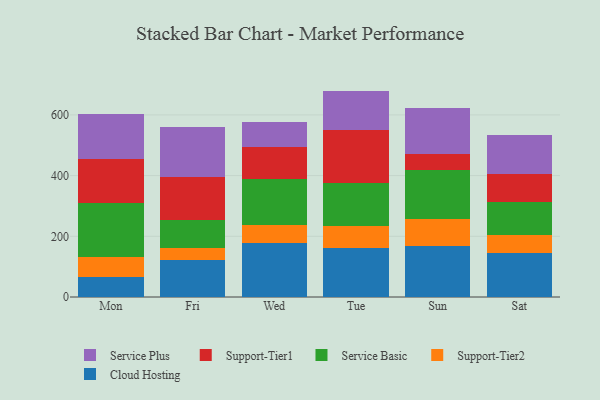
{"axis": {"x": "Day", "y": "Waste Production (Tons)"}, "legend": ["Cloud Hosting", "Service Basic", "Service Plus", "Support-Tier1", "Support-Tier2"], "data": [{"x": "Mon", "y": 67.0, "type": "Cloud Hosting"}, {"x": "Mon", "y": 65.3, "type": "Support-Tier2"}, {"x": "Mon", "y": 176.2, "type": "Service Basic"}, {"x": "Mon", "y": 147.3, "type": "Support-Tier1"}, {"x": "Mon", "y": 145.9, "type": "Service Plus"}, {"x": "Fri", "y": 121.1, "type": "Cloud Hosting"}, {"x": "Fri", "y": 39.2, "type": "Support-Tier2"}, {"x": "Fri", "y": 93.1, "type": "Service Basic"}, {"x": "Fri", "y": 140.9, "type": "Support-Tier1"}, {"x": "Fri", "y": 165.6, "type": "Service Plus"}, {"x": "Wed", "y": 178.5, "type": "Cloud Hosting"}, {"x": "Wed", "y": 57.5, "type": "Support-Tier2"}, {"x": "Wed", "y": 151.3, "type": "Service Basic"}, {"x": "Wed", "y": 108.4, "type": "Support-Tier1"}, {"x": "Wed", "y": 82.2, "type": "Service Plus"}, {"x": "Tue", "y": 161.1, "type": "Cloud Hosting"}, {"x": "Tue", "y": 72.5, "type": "Support-Tier2"}, {"x": "Tue", "y": 142.0, "type": "Service Basic"}, {"x": "Tue", "y": 173.9, "type": "Support-Tier1"}, {"x": "Tue", "y": 129.8, "type": "Service Plus"}, {"x": "Sun", "y": 169.7, "type": "Cloud Hosting"}, {"x": "Sun", "y": 87.1, "type": "Support-Tier2"}, {"x": "Sun", "y": 161.6, "type": "Service Basic"}, {"x": "Sun", "y": 54.1, "type": "Support-Tier1"}, {"x": "Sun", "y": 151.0, "type": "Service Plus"}, {"x": "Sat", "y": 145.4, "type": "Cloud Hosting"}, {"x": "Sat", "y": 59.2, "type": "Support-Tier2"}, {"x": "Sat", "y": 108.8, "type": "Service Basic"}, {"x": "Sat", "y": 92.4, "type": "Support-Tier1"}, {"x": "Sat", "y": 128.6, "type": "Service Plus"}]}